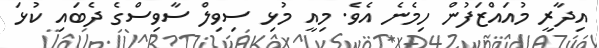
އިދާރީ މުއައްޒަފުން ހިމެނެ އެވެ. މިއީ މުޅި ސިވިލް ސާވިސްގެ ދެބައި ކުޅަ